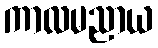
ကာလမညာယ